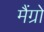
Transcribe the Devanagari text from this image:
मैंग्रो